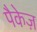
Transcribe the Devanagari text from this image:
पैकेज़